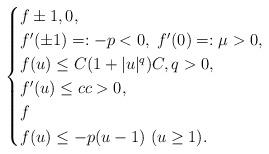
LaTeX: \begin{align*} \begin{cases} f \pm 1, 0, & \\ f'( \pm 1) =:-p < 0,\ f'(0)=: \mu > 0, & \\ f(u)\leq C(1+|u|^q)C,q>0,& \\ f'(u)\leq cc>0, & \\ f &\\ f(u)\leq -p(u-1) \ (u\geq 1). \end{cases}\end{align*}